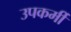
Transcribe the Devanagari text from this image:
उपकर्मी